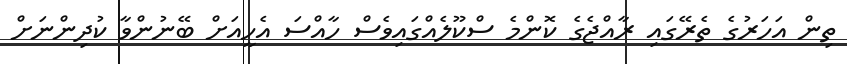
ތިން އަހަރުގެ ތެރޭގައި ރާއްޖެގެ ކޮންމެ ސްކޫލެއްގައިވެސް ހާއްސަ އެހީއަށް ބޭނުންވާ ކުދިންނަށް